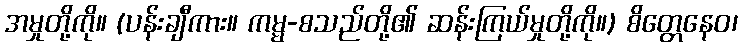
အမှုတို့ကို။ (ပန်းချီကား။ ကမ္မ-စသည်တို့၏ ဆန်းကြယ်မှုတို့ကို။) စိတ္တေနေဝ၊